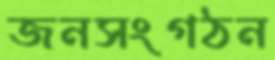
জনসংগঠন